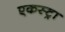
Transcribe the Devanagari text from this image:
एकस्ट्रा